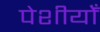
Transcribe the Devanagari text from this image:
पेशीयोँ